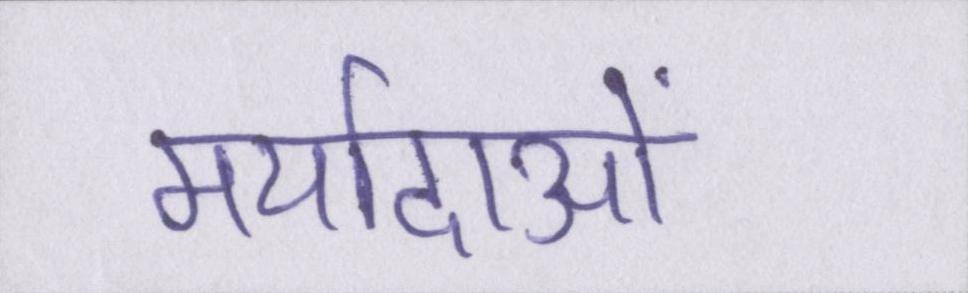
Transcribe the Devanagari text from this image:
मर्यादाओं